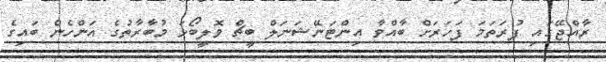
ރާއްޖޭގައި ފުރަތަމަ ފަހަރަށް ބާއްވާ އިންޓަނޭޝަނަލް ބީޗް ވޮލީބޯޅަ މުބާރާތުގެ އަންހެން ބައިގެ